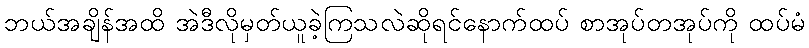
ဘယ်အချိန်အထိ အဲဒီလိုမှတ်ယူခဲ့ကြသလဲဆိုရင်နောက်ထပ် စာအုပ်တအုပ်ကို ထပ်မံ